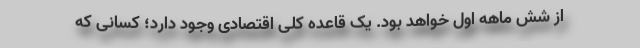
از شش ماهه اول خواهد بود. یک قاعده کلی اقتصادی وجود دارد؛ کسانی که